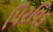
પિરવિક